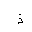
Letter: _thal